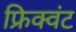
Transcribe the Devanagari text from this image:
फ्रिक्वंट